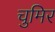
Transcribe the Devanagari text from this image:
चुमिर